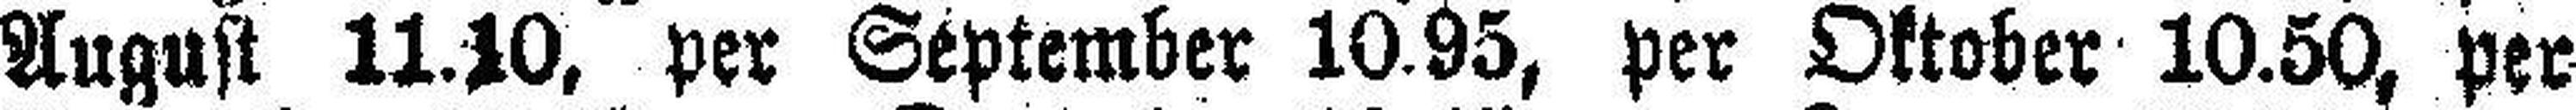
August 11.10, per September 10.95, per Oktober 10.50, per